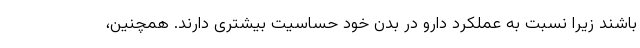
باشند زیرا نسبت به عملکرد دارو در بدن خود حساسیت بیشتری دارند. همچنین،